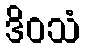
ဒိဝသံ